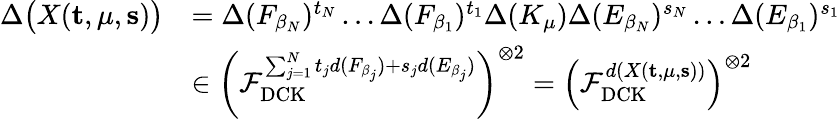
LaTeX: \begin{array}{rl}{\Delta\bigl(X(\mathbf{t},\mu,\mathbf{s})\bigr)}&{=\Delta(F_{\beta_{N}})^{t_{N}}\ldots\Delta(F_{\beta_{1}})^{t_{1}}\Delta(K_{\mu})\Delta(E_{\beta_{N}})^{s_{N}}\ldots\Delta(E_{\beta_{1}})^{s_{1}}}\\ &{\in\left(\mathcal{F}_{\mathrm{DCK}}^{\sum_{j=1}^{N}t_{j}d(F_{\beta_{j}})+s_{j}d(E_{\beta_{j}})}\right)^{\otimes 2}=\left(\mathcal{F}_{\mathrm{DCK}}^{d(X(\mathbf{t},\mu,\mathbf{s}))}\right)^{\otimes 2}}\end{array}